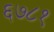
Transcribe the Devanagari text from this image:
६७८१